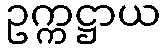
ဥက္ကဋ္ဌာယ